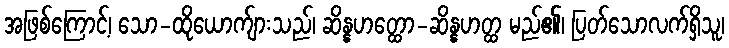
အဖြစ်ကြောင့်၊ သော-ထိုယောက်ျားသည်၊ ဆိန္နဟတ္ထော-ဆိန္နဟတ္ထ မည်၏၊ ပြတ်သောလက်ရှိသူ၊